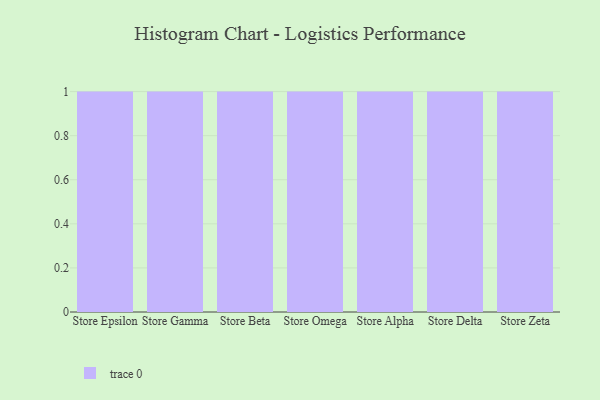
{"axis": {"x": "Store", "y": "Budget (USD K)"}, "legend": [""], "data": [{"x": "Store Epsilon", "y": 95, "type": ""}, {"x": "Store Gamma", "y": 5, "type": ""}, {"x": "Store Beta", "y": 57, "type": ""}, {"x": "Store Omega", "y": 40, "type": ""}, {"x": "Store Alpha", "y": 60, "type": ""}, {"x": "Store Delta", "y": 22, "type": ""}, {"x": "Store Zeta", "y": 32, "type": ""}]}